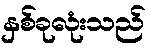
နှစ်ခုလုံးသည်